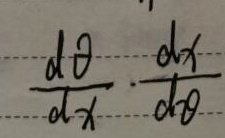
\[
\frac{d\theta}{dx}\cdot\frac{dx}{d\theta}
\]